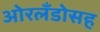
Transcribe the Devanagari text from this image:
ओरलँडोसह